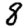
Digit: 8